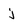
Character: j